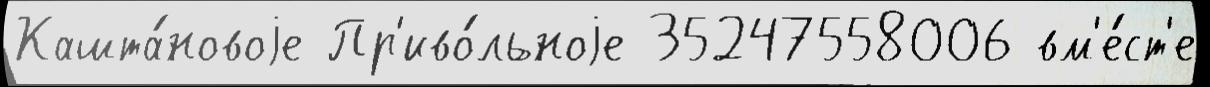
Кашта́новоjе Пр'иво́льноjе 35247558006 вм'е́ст'е